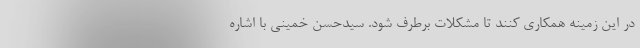
در این زمینه همکاری کنند تا مشکلات برطرف شود. سیدحسن خمینی با اشاره